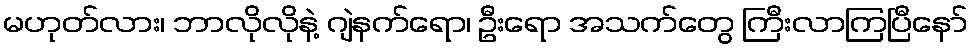
မဟုတ်လား၊ ဘာလိုလိုနဲ့ ဂျဲနက်ရော၊ ဦးရော အသက်တွေ ကြီးလာကြပြီနော်